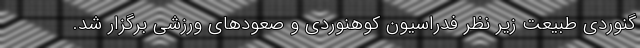
گنوردی طبیعت زیر نظر فدراسیون کوهنوردی و صعودهای ورزشی برگزار شد.